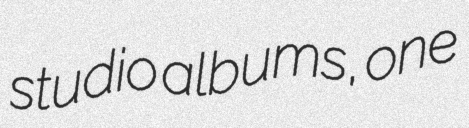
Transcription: studio albums, one